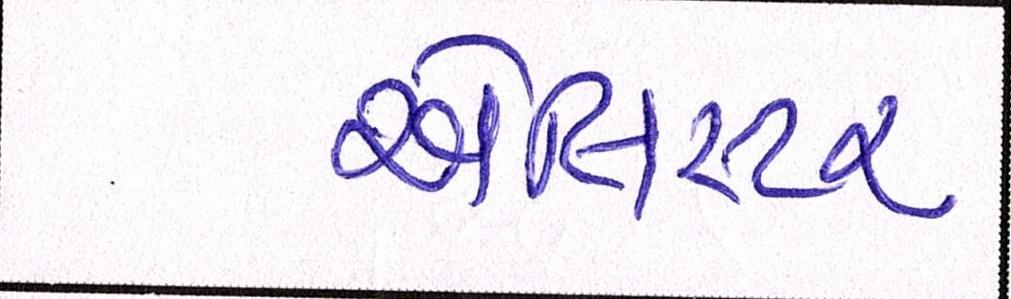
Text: એલિસ્ટર